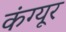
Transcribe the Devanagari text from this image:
कंग्‍यूर